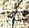
إذا